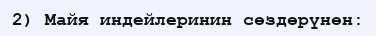
2) Майя индейлеринин сөздөрүнөн: